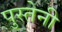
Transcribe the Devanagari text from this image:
पुस्तेनी